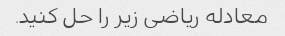
معادله ریاضی زیر را حل کنید.